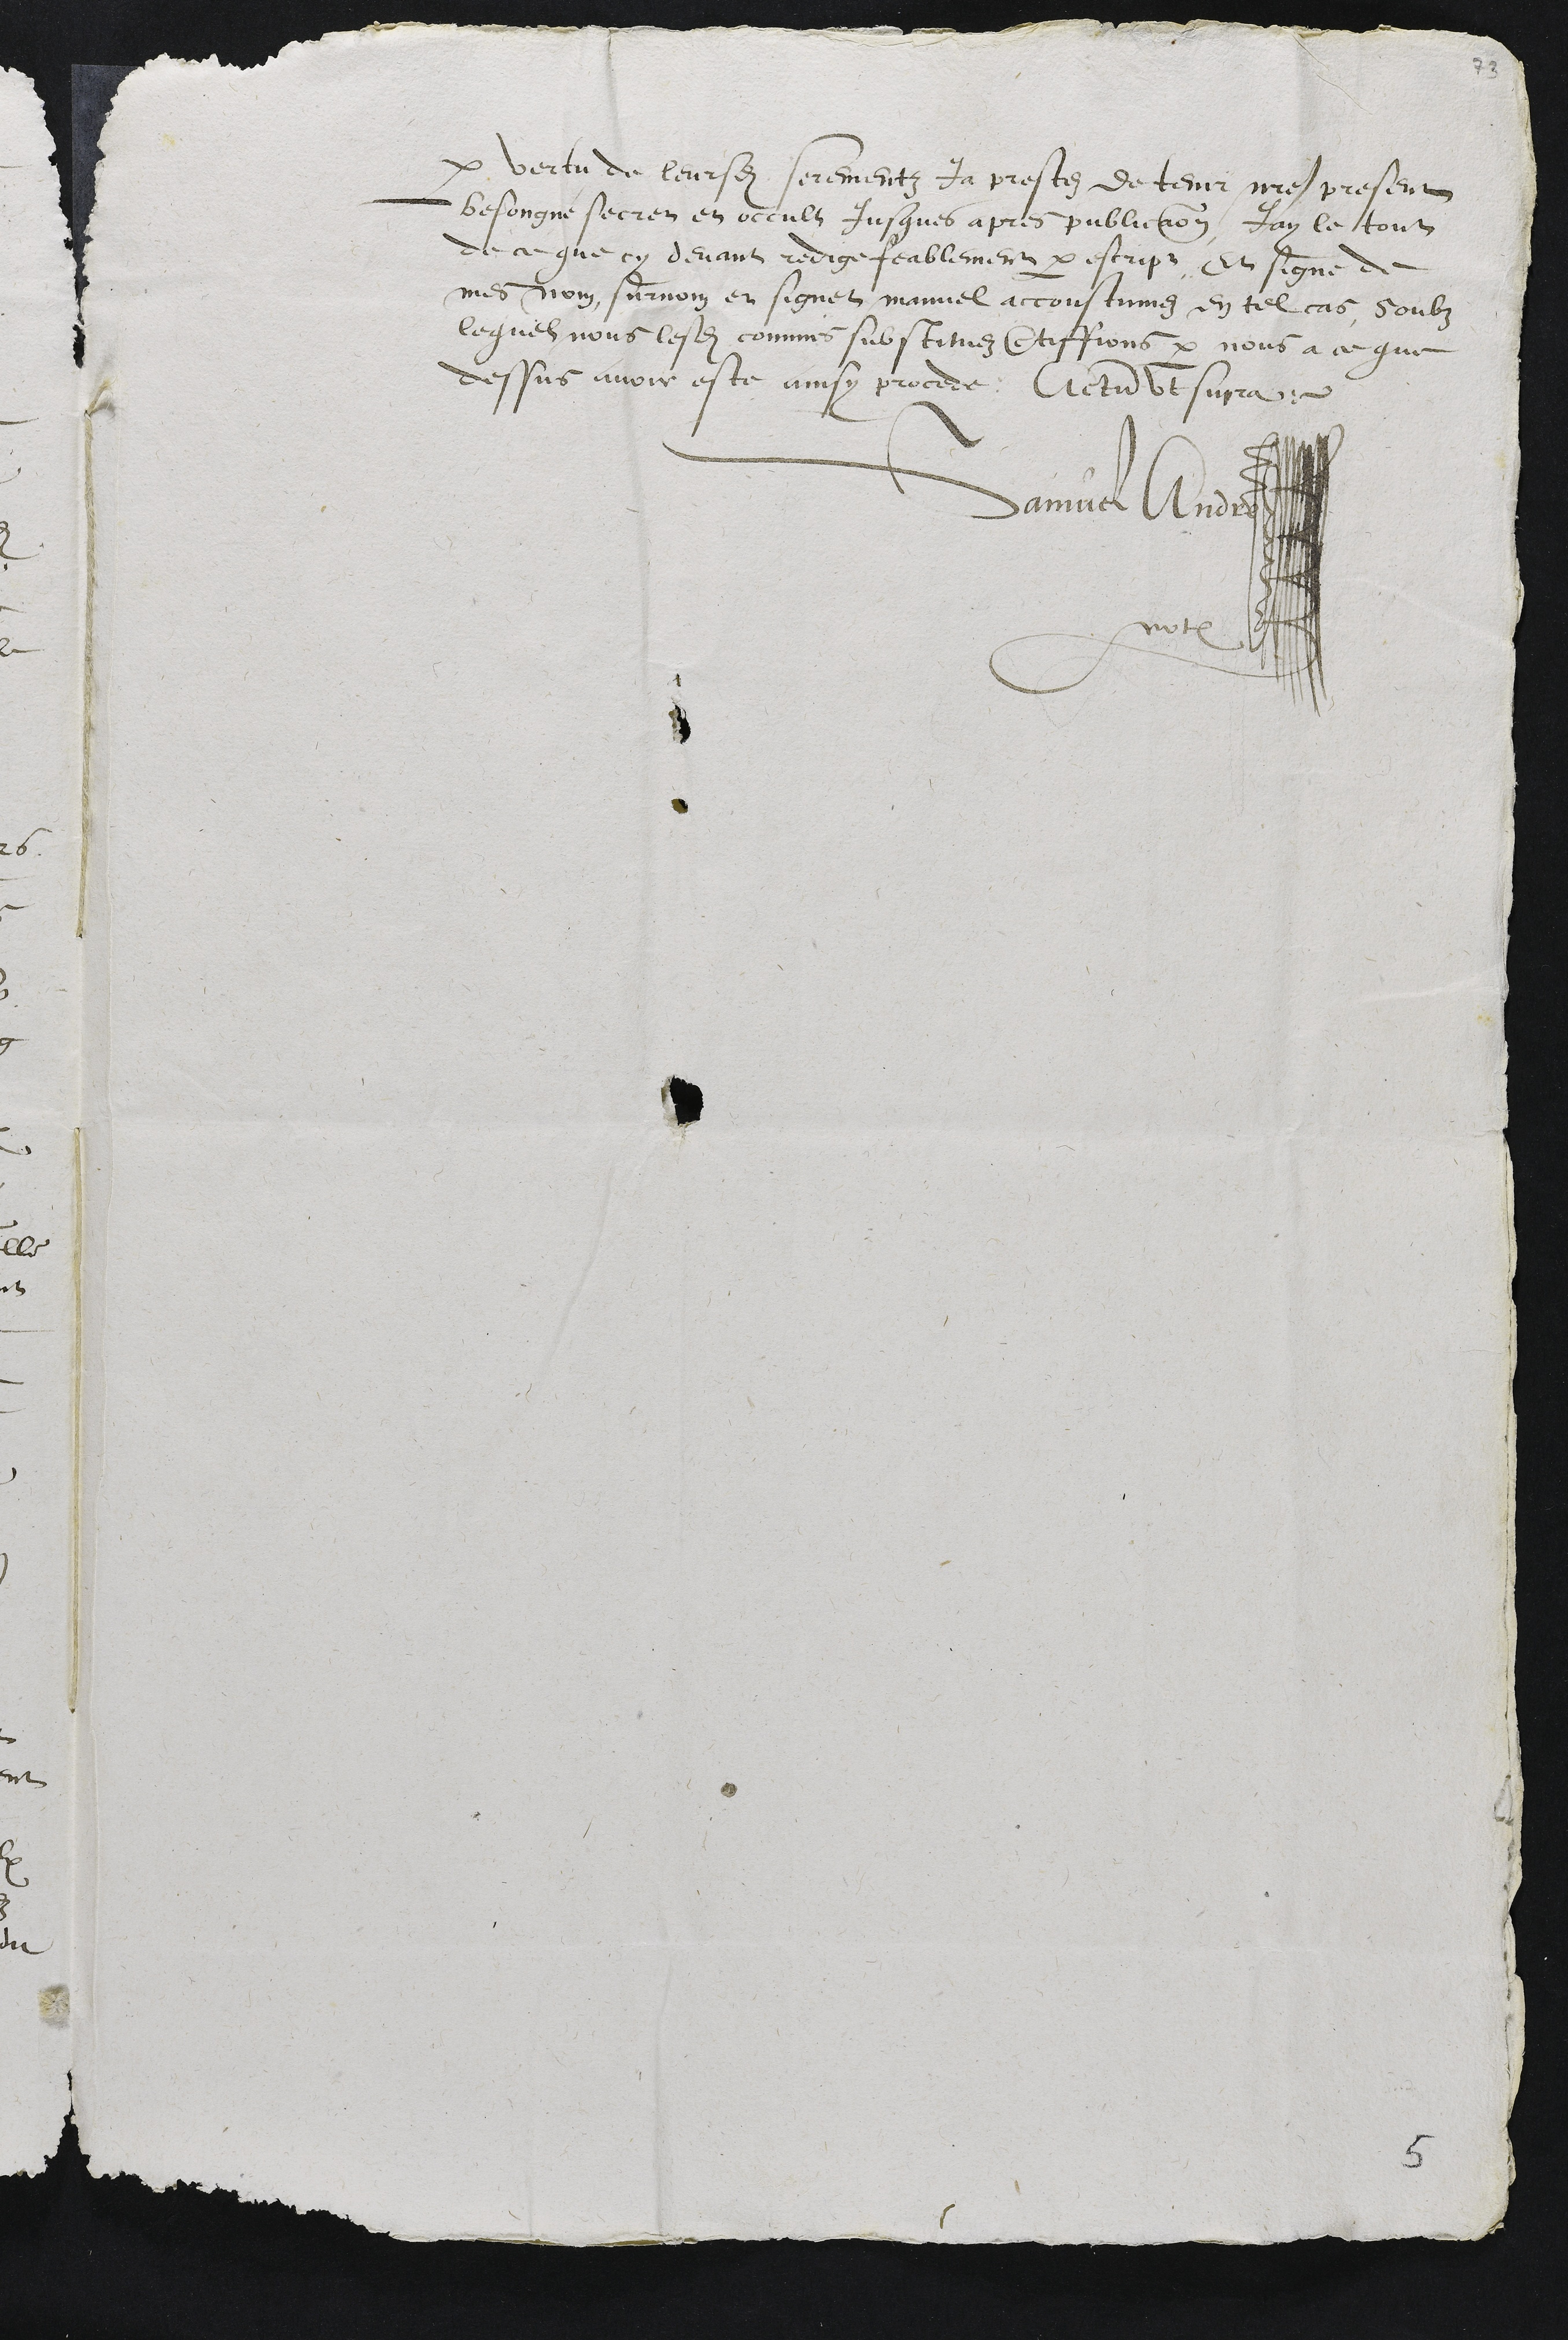
par vertu de leursdits serementz Ja prestez de tenir notre present
besongne secret et occult Jusques apres publication, Jay le tout
de ce que cy devant redige feablement par escript Et signe de
mes nom, surnom et signet manuel accoustumez en tel cas, soubz
lequel nous lesdits commis substituez certiffions par nous a ce que
dessus avoir este ainsy procede Actum ut supra
Samuel Andre
notaire